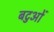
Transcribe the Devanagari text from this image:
बटुओं